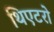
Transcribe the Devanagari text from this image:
थिएटरो